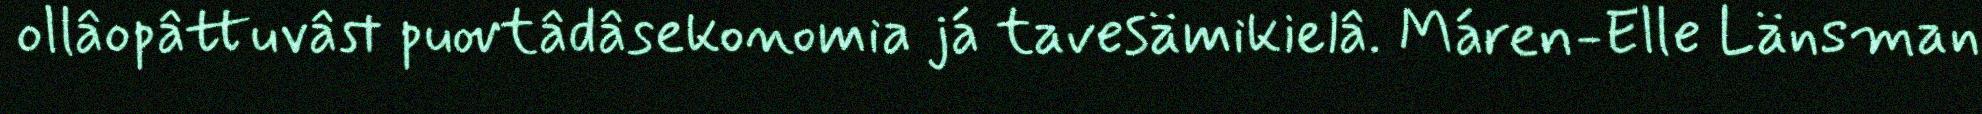
ollâopâttuvâst puovtâdâsekonomia já tavesämikielâ. Máren-Elle Länsman